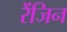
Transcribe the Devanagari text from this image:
रेंजिन